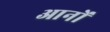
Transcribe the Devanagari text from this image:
आनों